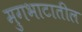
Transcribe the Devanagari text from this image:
मुगभाटातील